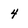
Character: 4